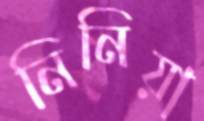
নিনিয়া